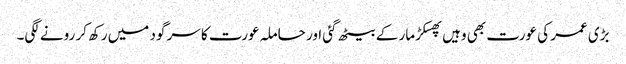
بڑی عمر کی عورت بھی وہیں پھسکڑ مار کے بیٹھ گئی اور حاملہ عورت کا سر گود میں رکھ کر رونے لگی۔